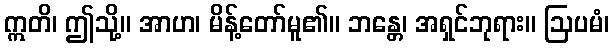
ဣတိ၊ ဤသို့။ အာဟ၊ မိန့်တော်မူ၏။ ဘန္တေ၊ အရှင်ဘုရား။ ဩပမံ၊